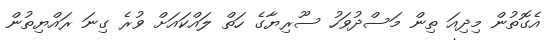
އެގޮތުން މިދިއަ ތިން މަސްދުވަހު ސޫރިޔާގެ ހަތް ލައްކައަށް ވުރެ ގިނަ ރައްޔިތުން